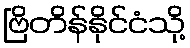
ဗြိတိန်နိုင်ငံသို့